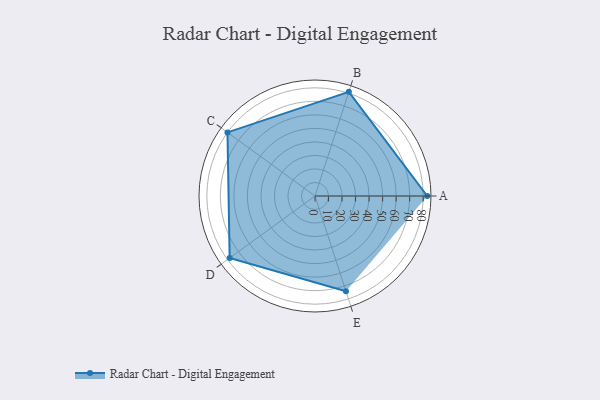
{"axis": {"x": "Skill", "y": "Score"}, "legend": ["Profile"], "data": [{"x": "A", "y": 83.0, "type": "Profile"}, {"x": "B", "y": 81.0, "type": "Profile"}, {"x": "C", "y": 80.0, "type": "Profile"}, {"x": "D", "y": 78.0, "type": "Profile"}, {"x": "E", "y": 74.0, "type": "Profile"}]}